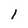
Character: 1